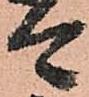
今